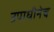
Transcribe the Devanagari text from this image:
उपाधीनेच